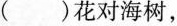
( )花对海树，